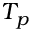
T _ { p }